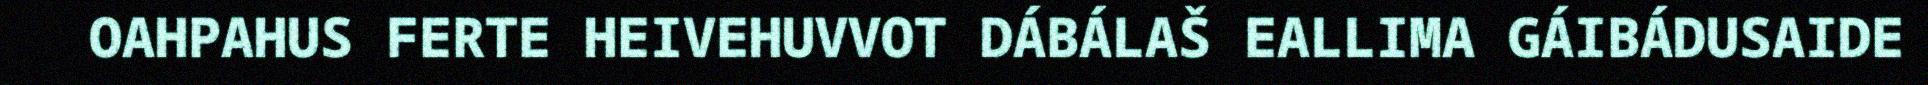
OAHPAHUS FERTE HEIVEHUVVOT DÁBÁLAŠ EALLIMA GÁIBÁDUSAIDE